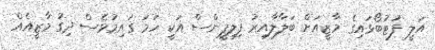
އަލީ ފުޓުބޯޅައިގެ މާޒީއަށް ބަލާލާއިރު ފިލިޕީންސް އަކީ ހަމަ ގައިމުވެސް ދިގު މާޒީއެއް